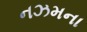
નઝમના